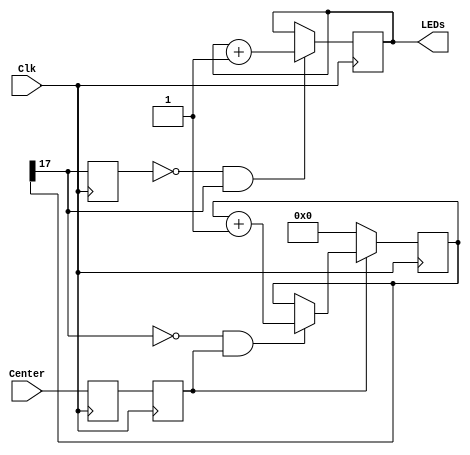
`timescale 1ns / 1ps
`default_nettype none

module withDebounce(LEDs, Center, Clk);

    output reg [7:0] LEDs;
    
    input wire Center, Clk;

    /*-this is a keyword we have not seen yet!*
     *-as the name implies, it is a parameter *
     * that can be changed at compile time... */
    parameter n = 18;

    wire notMsb, Rst, En, Debounced;
    reg Synchronizer0, Synchronized;
    reg [n-1:0] Count;

    reg edge_detect0;
    wire rising_edge;
    
   /********************************************/
   /* Debounce circuitry!!!                    */ 
   /********************************************/
    
    always@(posedge Clk)
      begin
        Synchronizer0 <= Center;
        Synchronized <= Synchronizer0;
      end

    always@(posedge Clk)
        if(Rst)
            Count <= 0;
        else if(En)
            Count <= Count + 1;

    assign notMsb = ~Count[n-1];
    assign En = notMsb & Synchronized;
    assign Rst = ~Synchronized;
    assign Debounced = Count[n-1];

   /********************************************/
   /* End of Debounce circuitry!!!             */ 
   /********************************************/

    always@(posedge Clk)
        edge_detect0 <= Debounced;
    assign rising_edge = ~edge_detect0 & Debounced;

    always@(posedge Clk)
        if(rising_edge)
            LEDs <= LEDs + 1;

endmodule